Annual report of the Punjab Veterinary College and of the Civil Veterinary Department, Punjab - 1926-1932
Year: 1926
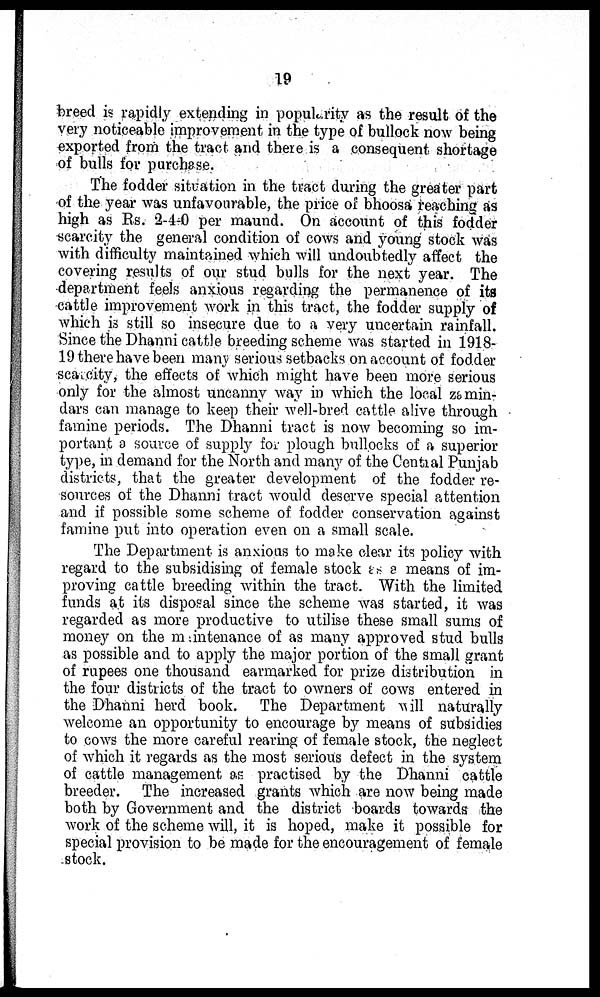
19
breed is rapidly extending in popularity as the result of the
very noticeable improvement in the type of bullock now being
exported from the tract and there is a consequent shortage
of bulls for purchase.
The fodder situation in the tract during the greater part
of the year was unfavourable, the price of bhoosa reaching as
high as Rs. 2-4-0 per maund. On account of this fodder
scarcity the general condition of cows and young stock was
with difficulty maintained which will undoubtedly affect the
covering results of our stud bulls for the next year. The
department feels anxious regarding the permanence of its
cattle improvement work in this tract, the fodder supply of
which is still so insecure due to a very uncertain rainfall.
Since the Dhanni cattle breeding scheme was started in 1918-
19 there have been many serious setbacks on account of fodder
scarcity, the effects of which might have been more serious
only for the almost uncanny way in which the local zamin-
dars can manage to keep their well-bred cattle alive through
famine periods. The Dhanni tract is now becoming so im-
portant a source of supply for plough bullocks of a superior
type, in demand for the North and many of the Cential Punjab
districts, that the greater development of the fodder re-
sources of the Dhanni tract would deserve special attention
and if possible some scheme of fodder conservation against
famine put into operation even on a small scale.
The Department is anxious to make clear its policy with
regard to the subsidising of female stock as a means of im-
proving cattle breeding within the tract. With the limited
funds at its disposal since the scheme was started, it was
regarded as more productive to utilise these small sums of
money on the m intenance of as many approved stud bulls
as possible and to apply the major portion of the small grant
of rupees one thousand earmarked for prize distribution in
the four districts of the tract to owners of cows entered in
the Dhanni herd book. The Department will naturally
welcome an opportunity to encourage by means of subsidies
to cows the more careful rearing of female stock, the neglect
of which it regards as the most serious defect in the system
of cattle management as practised by the Dhanni cattle
breeder. The increased grants which are now being made
both by Government and the district boards towards the
work of the scheme will, it is hoped, make it possible for
special provision to be made for the encouragement of female
stock.